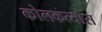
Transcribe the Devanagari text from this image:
कोलकत्यास